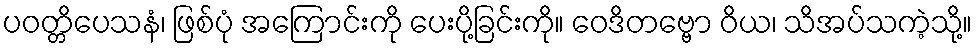
ပဝတ္တိပေသနံ၊ ဖြစ်ပုံ အကြောင်းကို ပေးပို့ခြင်းကို။ ဝေဒိတဗ္ဗော ဝိယ၊ သိအပ်သကဲ့သို့။